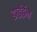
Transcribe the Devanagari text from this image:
डाईईन